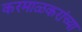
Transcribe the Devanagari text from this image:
करमाळकरांच्या